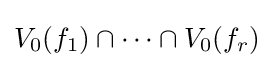
V_{0}(f_{1})\cap \dots \cap V_{0}(f_{r})